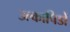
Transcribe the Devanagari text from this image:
उल्कापिडों